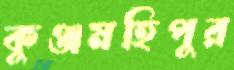
কুঞ্জমহিপুর